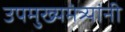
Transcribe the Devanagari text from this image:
उपमुख्यमंत्र्यांनी